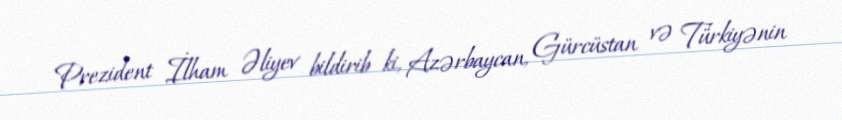
Prezident İlham Əliyev bildirib ki, Azərbaycan, Gürcüstan və Türkiyənin